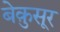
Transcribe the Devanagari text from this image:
बेक़ुसूर